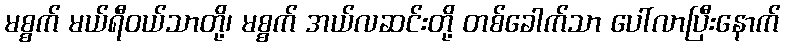
မစ္စက် မယ်ရီဝယ်သာတို့၊ မစ္စက် အယ်လဆင်းတို့ တစ်ခေါက်သာ ပေါ်လာပြီးနောက်